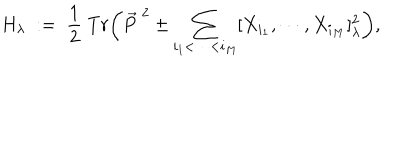
H _ { \lambda } \; : = \; \frac 1 2 \; T r \biggl ( \vec { P } ^ { \; 2 } \pm \sum _ { i _ { 1 } < \cdots < i _ { M } } [ X _ { i _ { 1 } } , \cdots , X _ { i _ { M } } ] _ { \lambda } ^ { 2 } \biggr ) ,